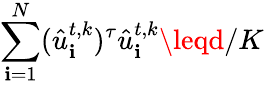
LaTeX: \sum_{\mathbf{i}=1}^{N}(\hat{{u}}_{\mathbf{i}}^{t,k})^{\tau}\hat{{u}}_{\mathbf{i}}^{t,k}\leqd/K